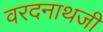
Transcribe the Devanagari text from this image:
वरदनाथजी